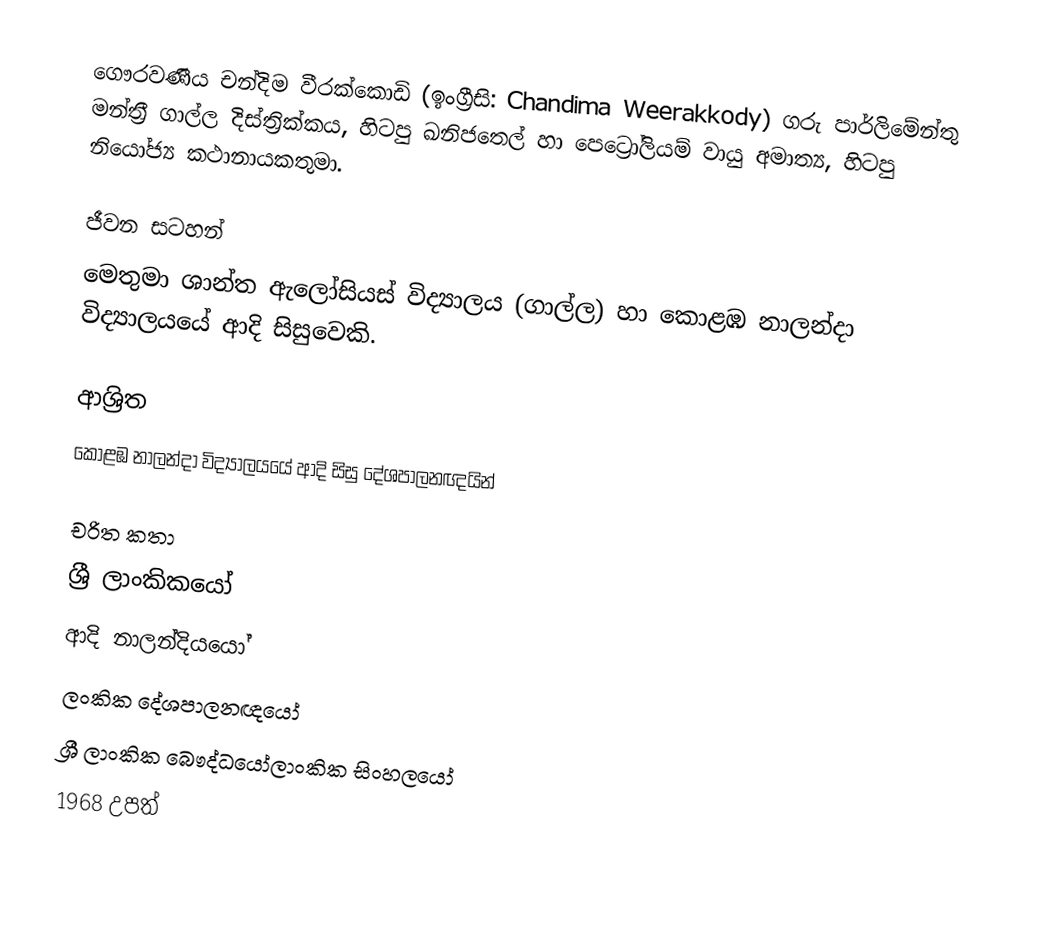
ගෞරවණීය චන්දිම වීරක්කොඩි (ඉංග්‍රීසි: Chandima Weerakkody) ගරු පාර්ලිමේන්තු මන්ත්‍රී ගාල්ල දිස්‌ත්‍රික්‌කය, හිටපු ඛනිජතෙල් හා පෙට්‍රෝලියම් වායු අමාත්‍ය,  හිටපු නියෝජ්‍ය කථානායකතුමා.

ජීවන සටහන්
මෙතුමා  ශාන්ත ඇලෝසියස් විද්‍යාලය (ගාල්ල) හා කොළඹ නාලන්දා විද්‍යාලයයේ ආදි සිසුවෙකි.

ආශ්‍රිත
කොළඹ නාලන්දා විද්‍යාලයයේ ආදි සිසු දේශපාලනඥයින්

චරිත කතා
ශ්‍රී ලාංකිකයෝ
ආදි නාලන්දියයෝ
ලංකික දේශපාලනඥයෝ
ශ්‍රී ලාංකික බෞද්ධයෝලාංකික සිංහලයෝ
1968 උපත්